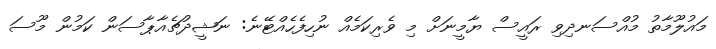
މައުލޫމާތު މުއްސަނދިވި ރައީސް ޔާމީނަށް މި ވެރިކަމެއް ނުހިފެހެއްޓޭނެ: ނަޝީދުޗެއާޕާސަން ކަމުން މޫސަ